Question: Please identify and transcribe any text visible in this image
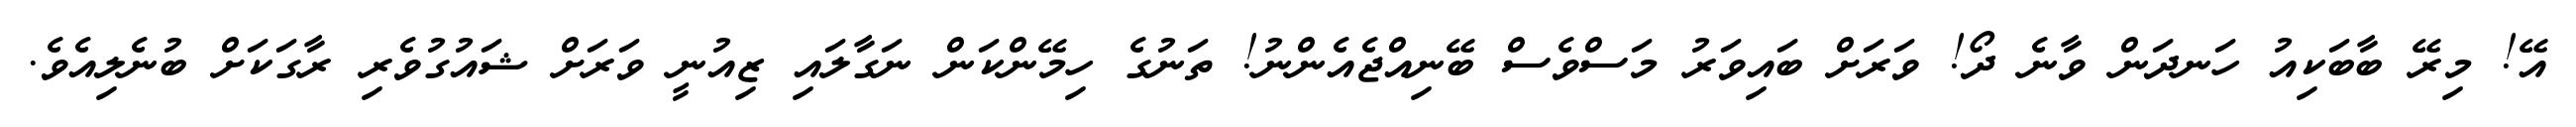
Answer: އޭ! މިރޭ ބާބަކިއު ހަނދަން ވާނެ ދޯ! ވަރަށް ބައިވަރު މަސްވެސް ބޭނިއްޖެއެންނު! ތަނުގެ ހިމޭންކަން ނަގާލައި ޒިއުނީ ވަރަށް ޝައުގުވެރި ރާގަކަށް ބުނެލިއެވެ.